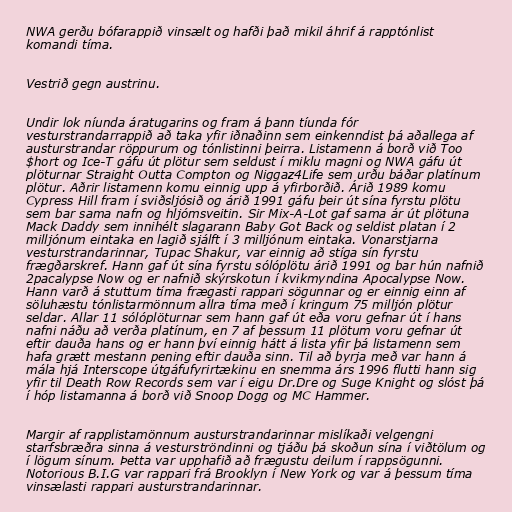
NWA gerðu bófarappið vinsælt og hafði það mikil áhrif á rapptónlist
komandi tíma.

Vestrið gegn austrinu.

Undir lok níunda áratugarins og fram á þann tíunda fór
vesturstrandarrappið að taka yfir iðnaðinn sem einkenndist þá aðallega af
austurstrandar röppurum og tónlistinni þeirra. Listamenn á borð við Too
$hort og Ice-T gáfu út plötur sem seldust í miklu magni og NWA gáfu út
plöturnar Straight Outta Compton og Niggaz4Life sem urðu báðar platínum
plötur. Aðrir listamenn komu einnig upp á yfirborðið. Árið 1989 komu
Cypress Hill fram í sviðsljósið og árið 1991 gáfu þeir út sína fyrstu plötu
sem bar sama nafn og hljómsveitin. Sir Mix-A-Lot gaf sama ár út plötuna
Mack Daddy sem innihélt slagarann Baby Got Back og seldist platan í 2
milljónum eintaka en lagið sjálft í 3 milljónum eintaka. Vonarstjarna
vesturstrandarinnar, Tupac Shakur, var einnig að stíga sín fyrstu
frægðarskref. Hann gaf út sína fyrstu sólóplötu árið 1991 og bar hún nafnið
2pacalypse Now og er nafnið skýrskotun í kvikmyndina Apocalypse Now.
Hann varð á stuttum tíma frægasti rappari sögunnar og er einnig einn af
söluhæstu tónlistarmönnum allra tíma með í kringum 75 milljón plötur
seldar. Allar 11 sólóplöturnar sem hann gaf út eða voru gefnar út í hans
nafni náðu að verða platínum, en 7 af þessum 11 plötum voru gefnar út
eftir dauða hans og er hann því einnig hátt á lista yfir þá listamenn sem
hafa grætt mestann pening eftir dauða sinn. Til að byrja með var hann á
mála hjá Interscope útgáfufyrirtækinu en snemma árs 1996 flutti hann sig
yfir til Death Row Records sem var í eigu Dr.Dre og Suge Knight og slóst þá
í hóp listamanna á borð við Snoop Dogg og MC Hammer.

Margir af rapplistamönnum austurstrandarinnar mislíkaði velgengni
starfsbræðra sinna á vesturströndinni og tjáðu þá skoðun sína í viðtölum og
í lögum sínum. Þetta var upphafið að frægustu deilum í rappsögunni.
Notorious B.I.G var rappari frá Brooklyn í New York og var á þessum tíma
vinsælasti rappari austurstrandarinnar.